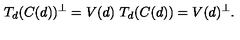
T _ { d } ( C ( d ) ) ^ { \perp } = V ( d ) \ T _ { d } ( C ( d ) ) = V ( d ) ^ { \perp } .